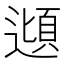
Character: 𮟂